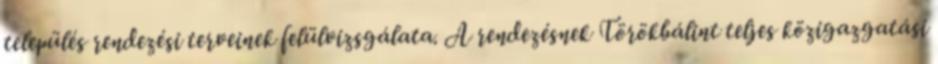
település rendezési terveinek felülvizsgálata. A rendezésnek Törökbálint teljes közigazgatási